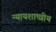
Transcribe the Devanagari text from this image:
न्यायशाष्त्रीय